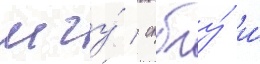
мгу́ / спбгу́ и́